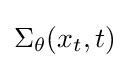
\Sigma _{\theta }(x_{t},t)